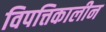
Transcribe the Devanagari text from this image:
विपत्तिकालीन